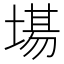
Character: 𭏍